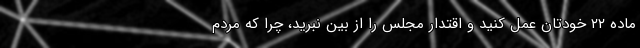
ماده ۲۲ خودتان عمل کنید و اقتدار مجلس را از بین نبرید، چرا که مردم